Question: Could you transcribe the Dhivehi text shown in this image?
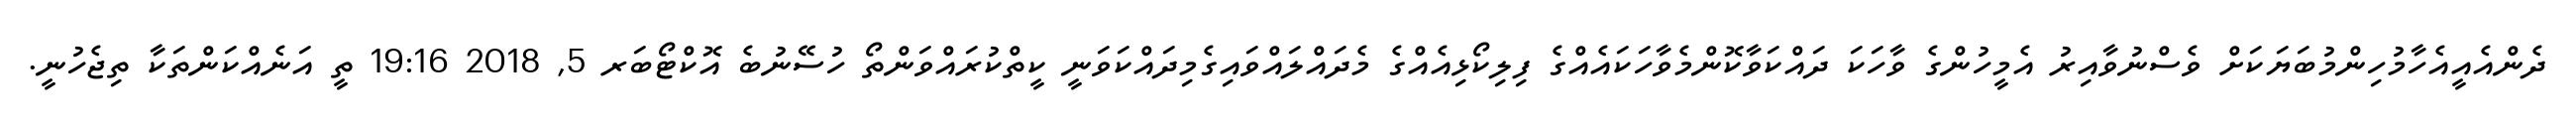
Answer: ދެންއެއީއެހާމުހިންމުބަޔަކަށް ވެސްނުވާއިރު އެމީހުންގެ ވާހަކަ ދައްކަވާކޮންމެވާހަކައެއްގެ ފިލިކޯޅިއެއްގެ މެދައްލައްވައިގެމިދައްކަވަނީ ކީތްކުރައްވަންތޯ ހުސޭނުބެ އޮކްޓޯބަރ 5, 2018 19:16 ތީ އަނެއްކަންތަކާ ތިޖެހުނީ.